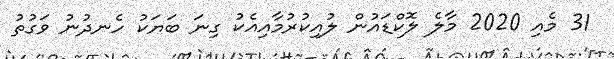
31 މެއި 2020 މާލެ ލޮކްޑައުން ލުއިކުރުމާއިއެކު ގިނަ ބަޔަކު ހެނދުނު ވަގުތު